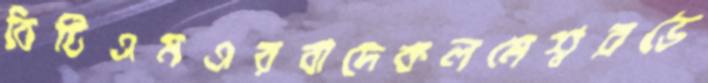
বিটিএমএরবাদেকলমেশ্বরভৈ